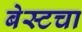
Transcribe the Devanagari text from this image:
बेस्टचा